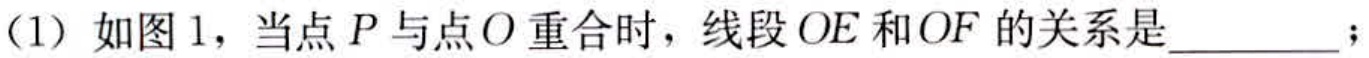
(1) 如图1，当点\(P\)与点\(O\)重合时，线段\(OE\)和\(OF\)的关系是_________；